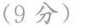
(9分)